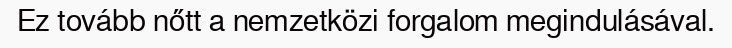
Ez tovább nőtt a nemzetközi forgalom megindulásával.